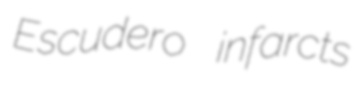
Escudero infarcts